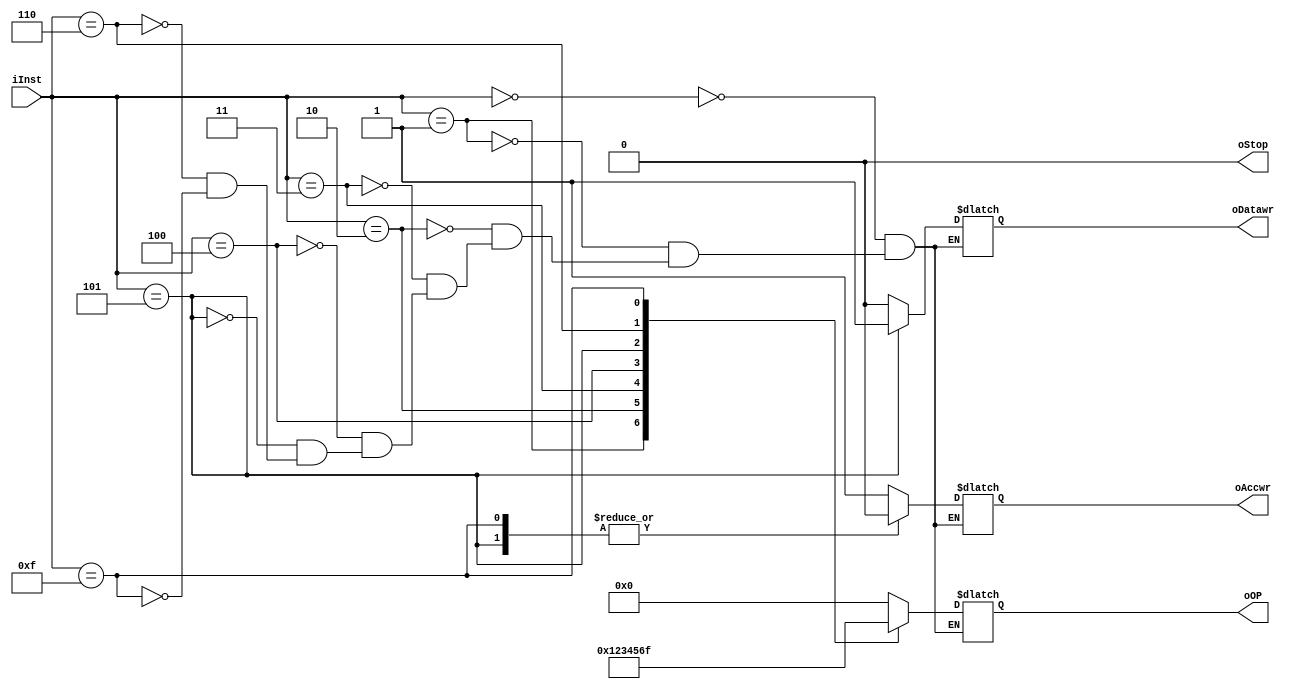
module COT(iInst, oStop, oAccwr, oDatawr, oOP);
	input       [3:0]iInst;
	output  reg      oStop, oAccwr, oDatawr; 
	output  reg [3:0]oOP;
	
	initial begin //
		oStop = 0;
		oAccwr = 0;
		oDatawr = 0;
		oOP = 4'b1111;
	end
	
	always @* begin
		case(iInst) //
			4'b0000: {oStop, oAccwr, oDatawr, oOP} = 8'b00100000; //CLA
			4'b0001: {oStop, oAccwr, oDatawr, oOP} = 8'b00100001; //COM
			4'b0010: {oStop, oAccwr, oDatawr, oOP} = 8'b00100010; //SHR
			4'b0011: {oStop, oAccwr, oDatawr, oOP} = 8'b00100011; //CSL
			4'b0100: {oStop, oAccwr, oDatawr, oOP} = 8'b00100100; //ADD
			4'b0101: {oStop, oAccwr, oDatawr, oOP} = 8'b00010101; //STA
			4'b0110: {oStop, oAccwr, oDatawr, oOP} = 8'b00100110; //LDA
			4'b1111: {oStop, oAccwr, oDatawr, oOP} = 8'b10001111; //STP
		endcase
	end

endmodule